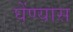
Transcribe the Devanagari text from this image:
घेंण्यास